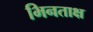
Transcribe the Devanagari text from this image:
भिनताक्ष